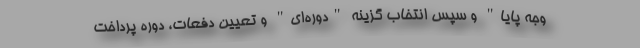
وجه پایا" و سپس انتخاب گزینه "دوره‌ای" و تعیین دفعات، دوره پرداخت